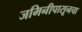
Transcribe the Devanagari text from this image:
जमिनीपासूनचा